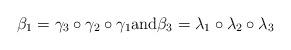
LaTeX: \begin{align*}\beta_1 = \gamma_3 \circ \gamma_2 \circ \gamma_1 \mbox{and} \beta_3 = \lambda_1 \circ \lambda_2 \circ \lambda_3\end{align*}